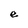
Character: e